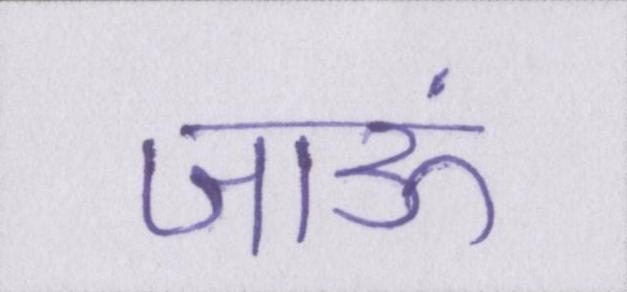
जाऊं